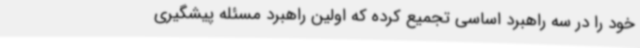
خود را در سه راهبرد اساسی تجمیع کرده که اولین راهبرد مسئله پیشگیری